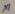
Text: x1